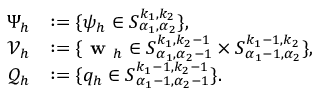
\begin{array} { r l } { \Psi _ { h } } & { : = \{ \psi _ { h } \in S _ { \boldsymbol { \alpha _ { 1 } } , \boldsymbol { \alpha _ { 2 } } } ^ { k _ { 1 } , k _ { 2 } } \} , } \\ { \boldsymbol { \mathcal { V } } _ { h } } & { : = \{ \textbf { w } _ { h } \in S _ { \boldsymbol { \alpha _ { 1 } } , \boldsymbol { \alpha _ { 2 } } - 1 } ^ { k _ { 1 } , k _ { 2 } - 1 } \times S _ { \boldsymbol { \alpha _ { 1 } } - 1 , \boldsymbol { \alpha _ { 2 } } } ^ { k _ { 1 } - 1 , k _ { 2 } } \} , } \\ { \mathcal { Q } _ { h } } & { : = \{ q _ { h } \in S _ { \boldsymbol { \alpha _ { 1 } } - 1 , \boldsymbol { \alpha _ { 2 } } - 1 } ^ { k _ { 1 } - 1 , k _ { 2 } - 1 } \} . } \end{array}